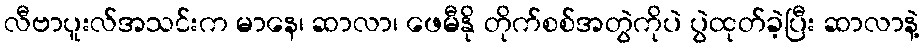
လီဗာပူးလ်အသင်းက မာနေ၊ ဆာလာ၊ ဖေမီနို တိုက်စစ်အတွဲကိုပဲ ပွဲထုတ်ခဲ့ပြီး ဆာလာနဲ့